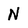
Character: N